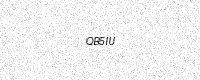
Text: QB5IU